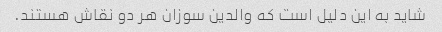
شاید به این دلیل است که والدین سوزان هر دو نقاش هستند.